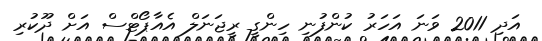
އަދި 2011 ވަނަ އަހަރު ކުންފުނި ހިންގީ ރީޖަނަލް އެއާޕޯޓްސް އަށް ދޫކުރި